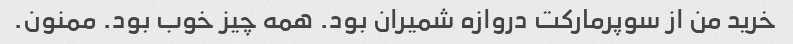
خرید من از سوپرمارکت دروازه شمیران بود. همه چیز خوب بود. ممنون.